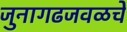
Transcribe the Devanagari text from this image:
जुनागढजवळचे